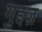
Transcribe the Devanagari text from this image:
गुइज़